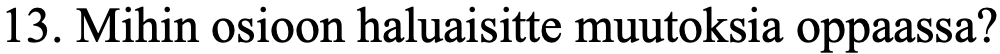
13. Mihin osioon haluaisitte muutoksia oppaassa?